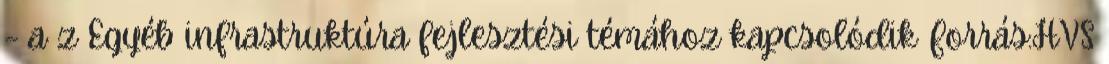
– a z Egyéb infrastruktúra fejlesztési témához kapcsolódik Forrás:HVS